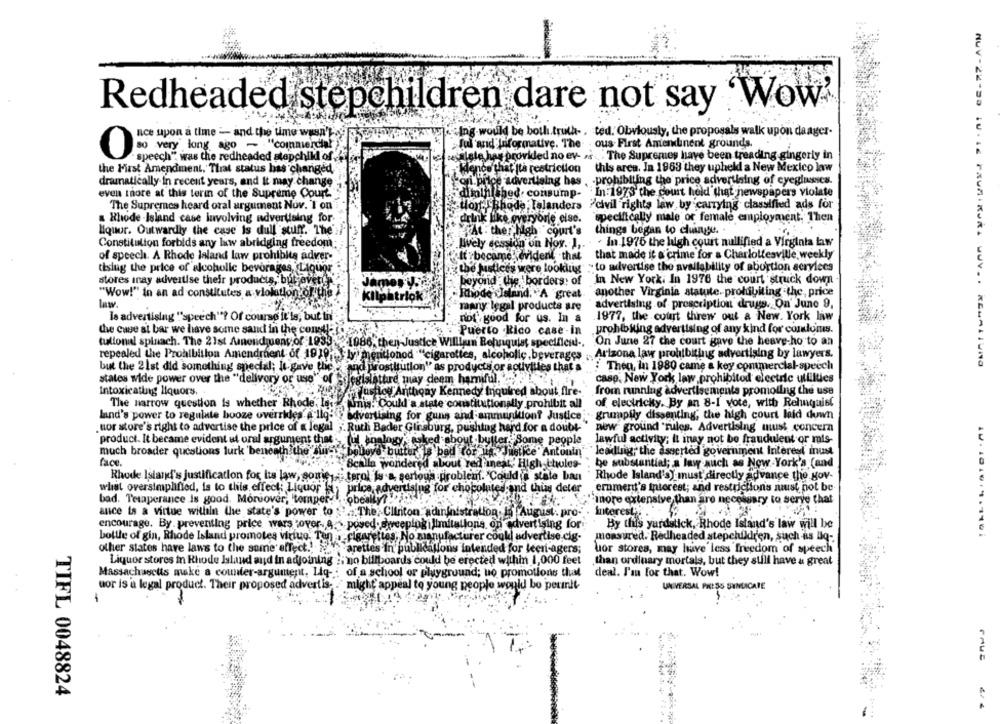
Redheaded stepchildren dare not say 'Wow'
ace upon a time :- and the time wasn't
Ing-would be both.truth- . ted. Obviously, the proposals walk upon daager-
Jul and Informative. The ous First Amendinent grounds.
so very long ago ~ "commercial
speech" was the redheaded stepchild of
wget tesalate has provided no ev- as .. . The Supremes have been treading gingerly in
the First Amendment. That status has changed
Wence that Ita restriction
this area. In 1963 they upheld a New Mexico law
dramatically in recent years, and It may change
`oni pitce advertising has , prohibiting the price advertising of eyeglasses.
even more at this terin of the Supreme Court.
"diminished. consump-
In:1973 the court held that newspapers violate
The Supremes heard oral argument Nov. I on
ton. Bhode Talanders
Pcivil rights law by carrying classified ads for
& Rhode Island case involving advertising for-
specifically male or female employment, Then
drink like everyone else.
liquor. Outwardly the case is dull stuff. The'
At . the, high court's
things began to change.
Constitution forbids any law abridging freedom
Ively desvid
session on Nov. 1 ,. .. In 1976 the high court nullified a Virginia law
of speech. A Rhode laland law prohibits adver-
"It became. evident that that made it a crime for a Charlottesville, weekly
tising the price of alcoholic beverages, Liquor
the justices were looking - to advertise the availability of abortion services
stores inay advertise their products, but aver!
beyond the borders of In New York. In 1976 the court struck down
"Wow!" in an ad constitutes a violation of
Kilpatrick
Rhode Island. "A "great
another Virginia statute. prohibiting the, price
law.
advertising of prescription drugs. On June 9,
"maany legal products are
le advertising ""speech"? Of course it'is, but ti
not good for us. In a
1977, the cotut threw out a New. York law
the case at bar we have some sand in the comt-o
Puerto Rico case -in
prohiking advertising of any kind for comlors.
tullonal spinach. The 21st Amnelid ueng of 1933- 1986, then Justice Willlun Rehnquist specificul ..
On June 27 che court gave the heave-ho to an
repealed the Prohibition Amendment of 1919' ly mentionod "cigarettes, alcoholic beverages , Arizona law prohibiting advertising by lawyers.
but the 21st did something special; It gave the
Ennd prostitution" as products or activities that a
: Then, in 1980 came a key commercial-speech
states wide power over the "delivery or use" of Erlegislature may deem harniful.
case. New York law prohibitod electric utlilties
Intoxicating liquors,
from running advertisements promoting the use
Flushloy Anthony Kennedy Inquired about fire-
The narrow question Is whether Rhode', le
Anis: Could a state constitutionally prohibit all
of electricity, By an 8-1 vote, with Rehnquist
land's power to regulate booze overrides è llq-
advertising for guns and ammunition? Justice
grumpfly dissenting, the high court laid down
uor store's right to advertise the price of a legal ". Ruth Bader Ginsburg, pushing hard for a doubt.
new ground "rules. Advertising must concern
product. It became evident ut oral argument that
Tul bonlogy,woked about butter. Some people
lawful activity; it inay not be fraudulent or rals-
much broader questions lurk 'beneath the Juist
bobove butter is bad (or la Justice" Antonin
leaduig, the asserted government Interest inust
face.
Bcalla wondered about red ineat,' High thules-
be substantiel; a lawy such as New York's (and
Rhode Island's justification for lis law, some ,, terol is a serious problem. Could a state ban
Rhode Island'S) must' directly advance the gov-
what oversimplified, is to this effect: Liquor IN, price, advertising for chocolates and thing deter
ernmert's interest; and restrictions must not be
bad. Tetaperance Is good. Moreover, tomper- obesity7
inore extensive than are necessary to serve that
ance is a virtue within the state's power to
a.The: Clinton adininistration. io August. pro-
Interest;
encourage. By preventing price wars pover- a .s. posed. sweeping limitations on advertising for
By this yardstick, Rhode Island's law will be
bottle of gin, Rhode Island promotes virtue. Ten ,cigarettes, No manufacturer coukl advertise cig-
measured. Redheaded stepchildren, such as llq-
other states have laws to the same effect .!
arettes In publikations intended for leer-agers;
uor stores, may have less freedom of speech
Liquor stores in Rhode Island and in adjoining :. no billboards could be erected within 1,000 feet
than ordinary mortals, but they still have a great
Massachusetts make a counter-argument. Liq- . of a school or playground; uo promotions that
deal. L'au for that. Wow!
uor is a legal product. Their proposed advertis- . "might' appeal to young people would be permit
UNIVERSAL PRESS SYNDICATE
1
TIFL 0048824